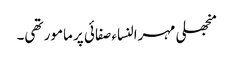
منجھلی مہرالنساء صفائی پر مامور تھی۔